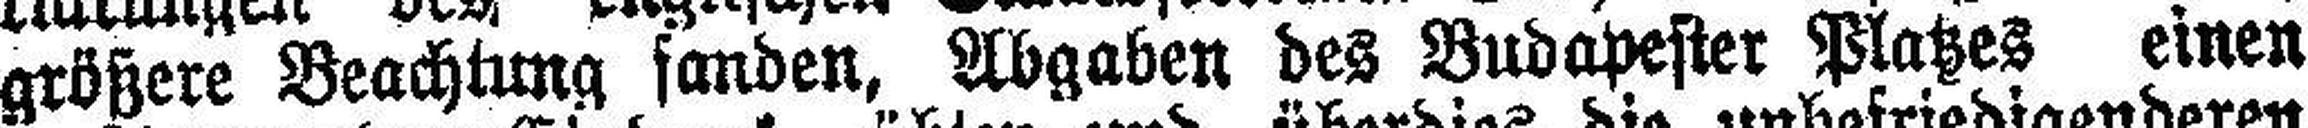
größere Beachtung fanden, Abgaben des Budapester Platzes einen